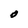
Character: O